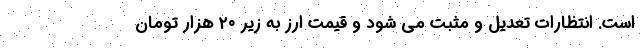
است. انتظارات تعدیل و مثبت می شود و قیمت ارز به زیر ۲۰ هزار تومان